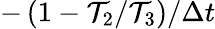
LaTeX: -\left(1-\mathcal{T}_{2}/\mathcal{T}_{3}\right)/\Delta t